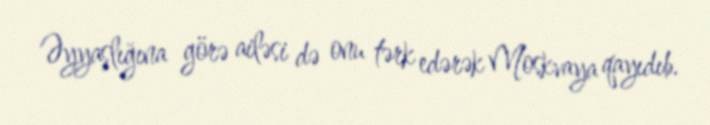
Əyyaşlığına görə ailəsi də onu tərk edərək Moskvaya qayıdıb.